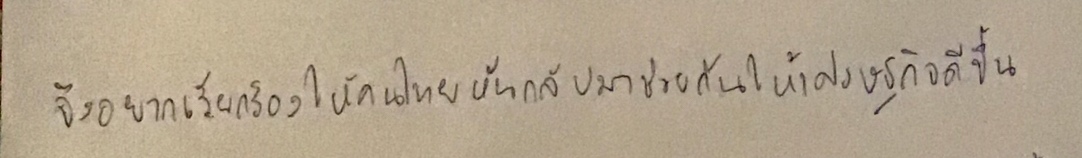
จึงอยากเรียกร้องให้คนไทยหันกลับมาช่วยกันให้เศรษฐกิจดีขึ้น